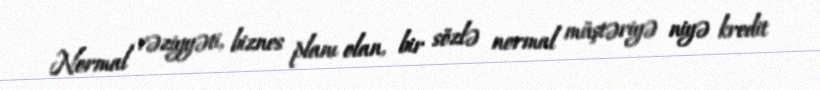
Normal vəziyyəti, biznes planı olan, bir sözlə normal müştəriyə niyə kredit